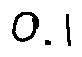
0 . 1